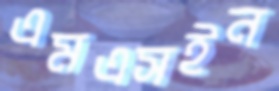
এমএসইন